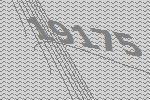
19175